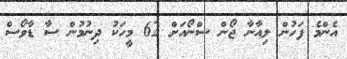
އެންމެ ފަހުން ލިއާނާ ޖޯން ސްނޯއަށް 62 މީހަކު ދިނުމުން ސާ ޑާވޯސް